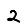
Digit: 2